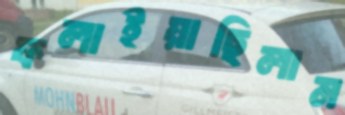
ফলাইয়াছিলাম